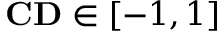
\mathbf { C D } \in [ - 1 , 1 ]